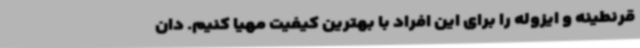
قرنطینه و ایزوله را برای این افراد با بهترین کیفیت مهیا کنیم. دان